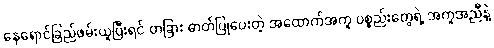
နေရောင်ခြည်ဖမ်းယူပြီးရင် တခြား ဓာတ်ပြုပေးတဲ့ အထောက်အကူ ပစ္စည်းတွေရဲ့ အကူအညီနဲ့